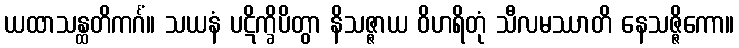
ယထာသန္ထတိကင်္ဂံ။ သယနံ ပဋိက္ခိပိတွာ နိသဇ္ဇာယ ဝိဟရိတုံ သီလမဿာတိ နေသဇ္ဇိကော။